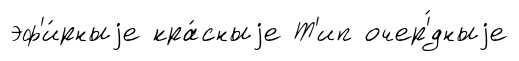
эф'и́рныjе кра́сныjе Т'ип очер'́дныjе